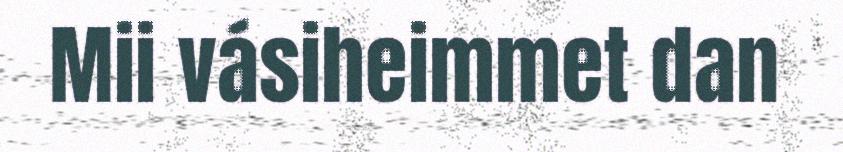
Mii vásiheimmet dan